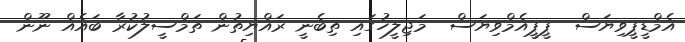
އެމްޑީޕީވިޔަސް  ޕީޕީއެމްވިޔަސް  މަޖިލީހުގައި ތިބެނީ ރައްޔިތުން ތަމްސީލުކުރާ ބައެއް ނޫން